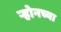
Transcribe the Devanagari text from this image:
ऱ्होनच्या